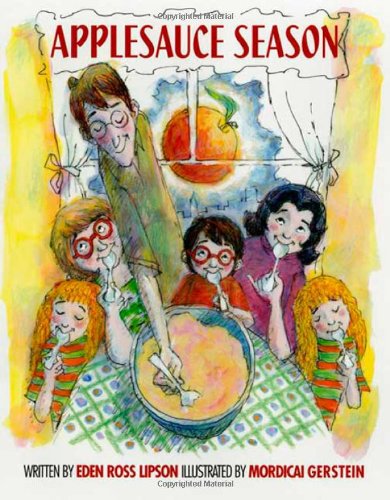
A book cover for Applesauce Season; Eden Ross Lipson; Children's Books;